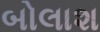
બોલાશ